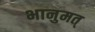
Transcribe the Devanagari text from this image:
भानुमत्